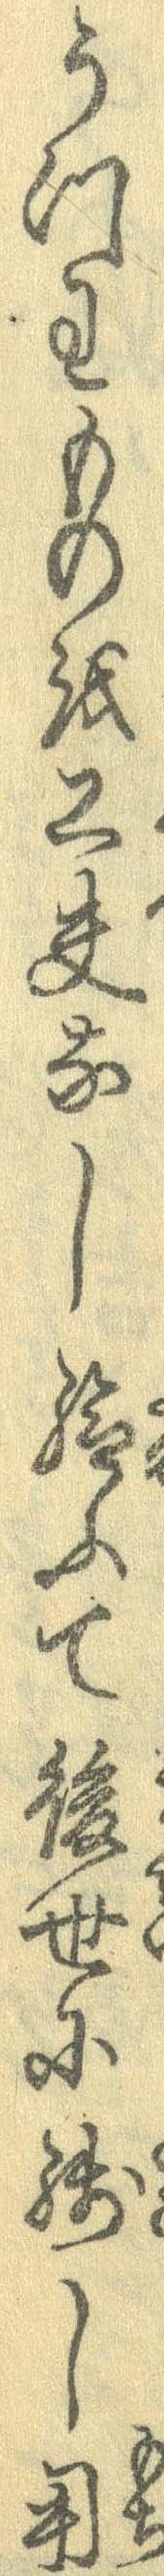
うつわものを工夫なし給ふて後世に残し用